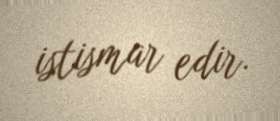
istismar edir.